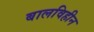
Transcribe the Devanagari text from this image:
बालविहीन